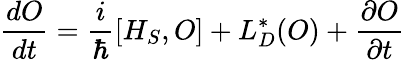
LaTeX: {\frac{dO}{dt}}={\frac{i}{\hbar}}[H_{S},O]+L_{D}^{*}(O)+{\frac{\partial O}{\partial t}}